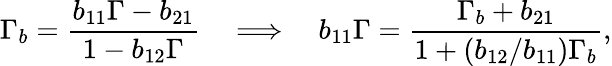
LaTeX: \Gamma_{b}=\frac{b_{11}\Gamma-b_{21}}{1-b_{12}\Gamma}\quad\Longrightarrow\quad b_{11}\Gamma=\frac{\Gamma_{b}+b_{21}}{1+(b_{12}/b_{11})\Gamma_{b}},